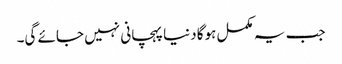
جب یہ مکمل ہوگا دنیا پہچانی نہیں جائے گی۔